Papers set at the Examination for Leaving Certificates, 1890
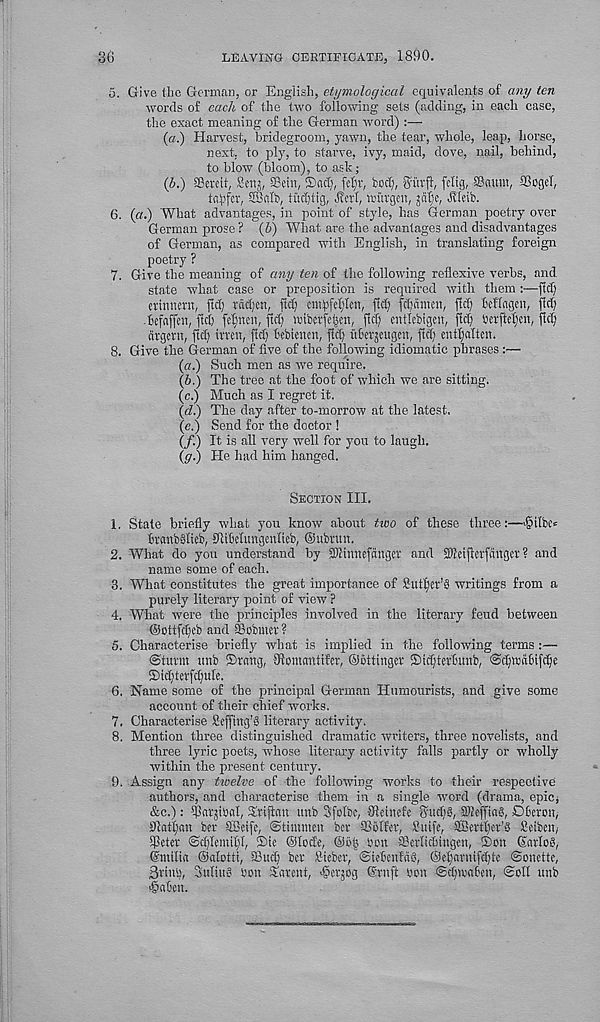
36
LEAVING CERTIFICATE, 1890.
5. Give the German, or English, etymological equivalents of any ten
words of each of the two following sets (adding, in each case,
the exact meaning of the German word) :—
(«.) Harvest, bridegroom, yawn, the tear, whole, leap, horse,
next, to ply, to starve, ivy, maid, dove, nail, behind,
to blow (bloom), to ash;
(b.) SBercit, Sens, Sefit, ®nd), fcl)v, bod), Sltrfi, felig, SScuun, IBogcI,
tnpfer, SBnlb, tudjtig, ^erl, wi'tvgen, jatje, Jlldb.
6. (a.) 'What advantages, in point of style, has German poetry over
German prose ? (6) What are the advantages and disadvantages
of German, as compared with English, in translating foreign
poetry ?
7. Give the meaning of any ten of the following reflexive verbs, and
state what case or preposition is required with them :—fid)
erinnenx, ftd) tdd)cn, fid) cntpfelilen, fid) fdjdntcn, fldj Mlagen, fid)
•iefaffen, fldj felptcn, ftdj njtberfe|m, fid) entiebigen, fid) berftdjm, flcfi
argent, ftd) irren, fldj Bebienen, ftc^ iiberjeugcn, ftd) entfjaltcn.
8. Give the German of five of the following idiomatic phrases :—
(a.) Such men as we require.
(6.) The tree at the foot of which we are sitting.
(c.) Much as I regret it.
(d.) The day after to-morrow at the latest.
(e.) Send for the doctor !
(/.) It is all very well for you to laugh.
(g.) He had him hanged.
Section III.
1. Stale briefly what you know about two of these three:—fMlbe*
BranbSlieb, flUMuttgenlteb, ©ubnttt.
2. What do you understand by 2)thmefdnger and SWetfierfattgct ? and
name some of each.
3. What constitutes the great importance of fiutfjer’S writings from a
purely literary point of view ?
4. What were the principles involved in the literary feud between
©ottfdjeb and Sobmet ?
5. Characterise briefly what is implied in the following terms :—
(Sturm unb ©rang, Sflomantifer, ©ottinger ©idjterfmnb, (SdjwitBifdje
©tdjterfdjule.
6. Name some of the principal German Humourists, and give some
account of their chief works.
7. Characterise Seffing’S literary activity.
8. Mention three distinguished dramatic writers, three novelists, and
three lyric poets, whose literary activity falls partly or wholly
within the present century.
9. Assign any ticelve of the following works to their respective
authors, and characterise them in a single word (drama, epic;
&c.): ifktjtbal, Trifian unb SfoTbe, flleinefe Sitcfig, SOlefftag, DCermt,
91at|an ber SBeife, ©timmen ber SSblfer, fiuifc, aBert^cr’S Beibcn,
iPeter @d)Icmil)I, ®te ©lode, @6^ bmt ffierlictiingen, Son ©arlog,
(Smilia ©alotti, 33ud) bet Bieber, ©ieBenfdS, ©efianufdjtc ©onettc,
3rini), Suflug bon Tarcnt, ^erjog ©tuft ben ©djwtben, ©oil unb
>§a'6en.